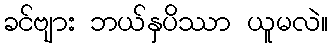
ခင်ဗျား ဘယ်နှပိဿာ ယူမလဲ။